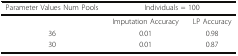
| Parameter Values Num Pools | <COLSPAN=2> Individuals = 100 |
 | --- | --- | --- |
 |  | Imputation Accuracy | LP Accuracy |
 | 36 | 0.01 | 0.98 |
 | 30 | 0.01 | 0.87 |